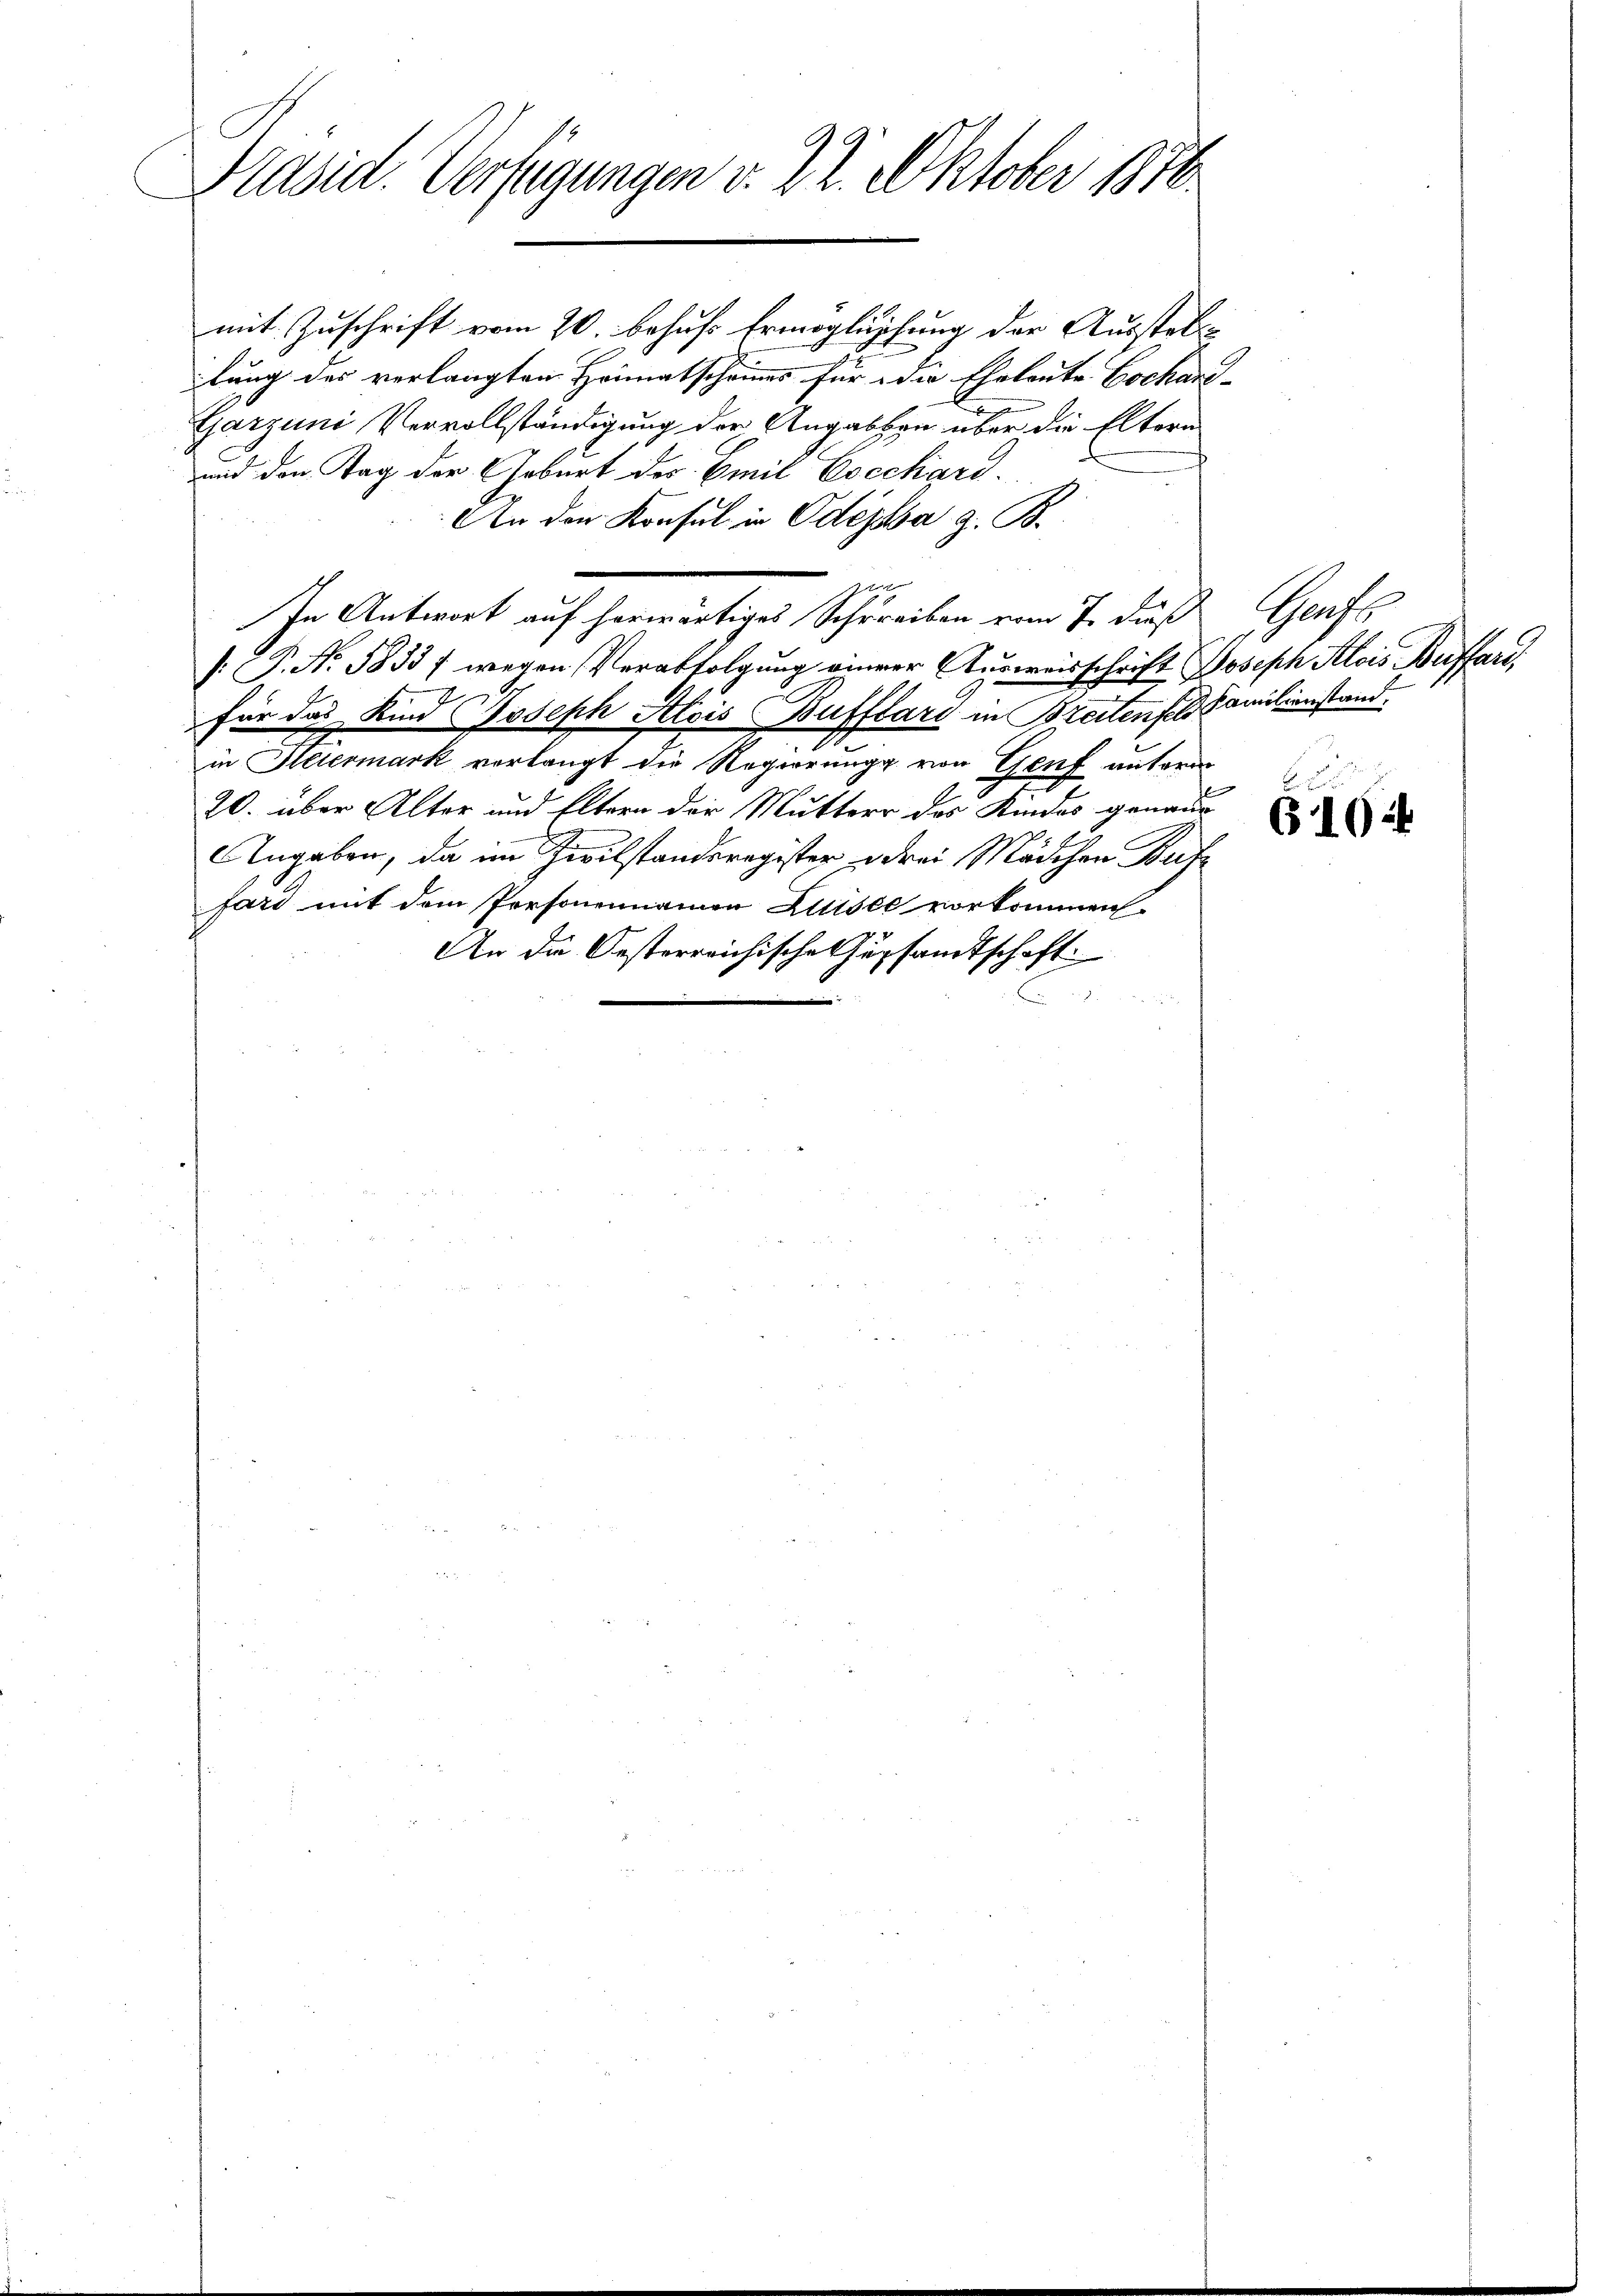
Präsid. Verfügungen v. 22. Oktober 1870

mit Zuschrift vom 20. behufs Ermöglichung der Ausstell-
tung des verlangten Heimatscheines für die Eheleute Cochard-
Garzuni, Vervollständigung der Angaben über die Eltern
und den Tag der Geburt des Emil Eocchard.
An den Konsul in Odessa z. B.
[: P. Nr. 1833 / wegen Verabfolgung einer Ausweisschrift Joseph Alois Auffarifür das Kind Joseph Alois Bufflard in Breitenfeld Familienstand
in Altermark verlangt die Regierung von Genf autoren
20. über Alter und Eltern der Mutter des Kindes genaue
Angaben, da im Zivilstandsregister drei Mädchen Buffard mit dem Personennamen Luisée vorkommen.
An da Oesterreichische Gesandtschaft.

e
In Antwort auf herwärtiges Schreiben vom 7. dieß

Gross

B
610: